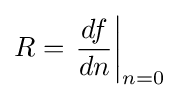
R=\left.{\dfrac {df}{dn}}\right|_{n=0}